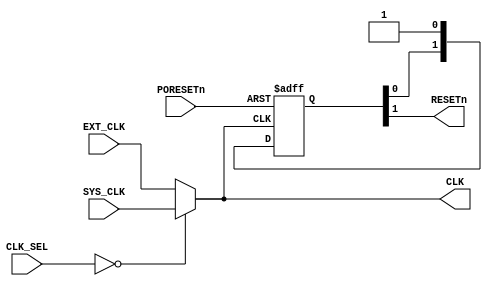
module ClockAndReset (
    input       wire            EXT_CLK,
    input       wire            SYS_CLK,
    input       wire [1:0]      CLK_SEL,
    input       wire            PORESETn,

    output      wire            CLK,
    output      wire            RESETn
);

    wire        CLK;
    reg  [1:0]  r_RESETn;


    always @(posedge CLK or negedge PORESETn)
        if (!PORESETn)
            r_RESETn    <= 2'b00;
        else
            r_RESETn    <= {r_RESETn[0], 1'b1};

    assign CLK      = (CLK_SEL == 2'b00) ? SYS_CLK : EXT_CLK;
    assign RESETn   = r_RESETn[1];

endmodule